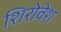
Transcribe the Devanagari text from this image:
शिरोवेश